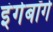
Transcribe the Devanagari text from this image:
इंगेबॉर्ग